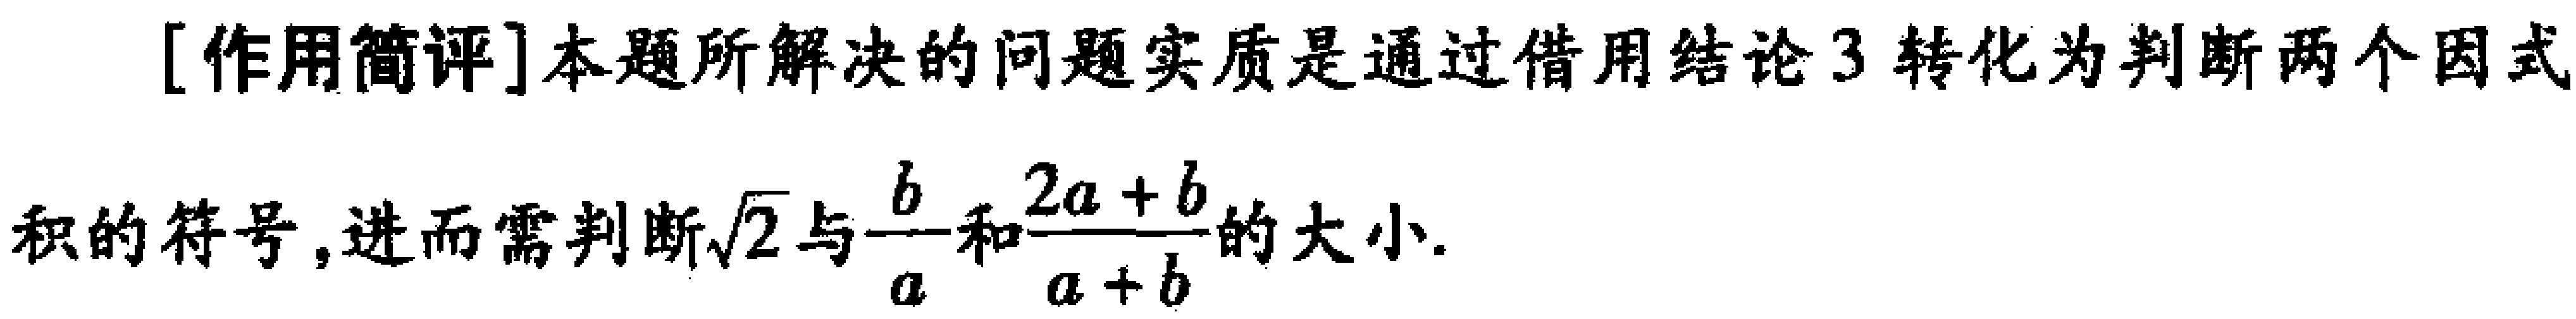
[作用简评]本题所解决的问题实质是通过借用结论3转化为判断两个因式

积的符号, 进而需判断\(\sqrt{2}\)与\(\frac{b}{a}\)和\(\frac{2a + b}{a + b}\)的大小.